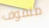
ملفوف